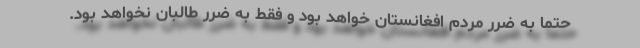
حتماً به ضرر مردم افغانستان خواهد بود و فقط به ضرر طالبان نخواهد بود.